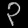
Digit: ၃